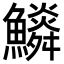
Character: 𩼩